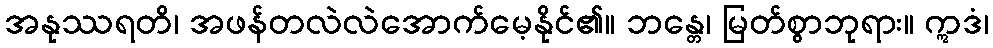
အနုဿရတိ၊ အဖန်တလဲလဲအောက်မေ့နိုင်၏။ ဘန္တေ၊ မြတ်စွာဘုရား။ ဣဒံ၊